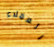
العملاء